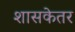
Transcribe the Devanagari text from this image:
शासकेतर